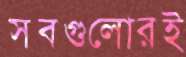
সবগুলোরই